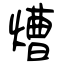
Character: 㷮